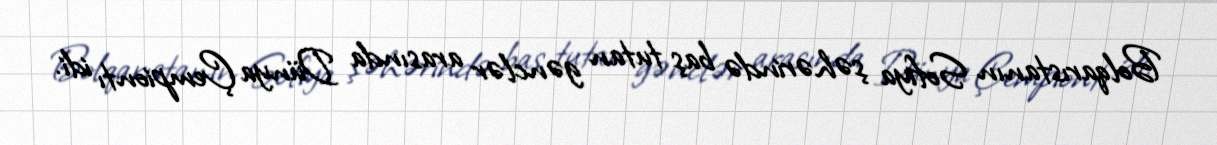
Bolqarıstanın Sofiya şəhərində baş tutan gənclər arasında Dünya Çempiontı idi.